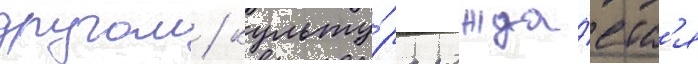
другом / культу́ра рожда́етс'я